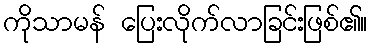
ကိုသာမန် ပြေးလိုက်လာခြင်းဖြစ်၏။